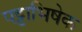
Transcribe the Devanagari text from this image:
पट्टाभिषेक